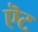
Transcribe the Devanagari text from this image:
ऎट